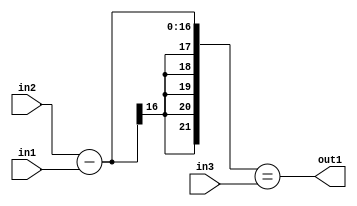
`timescale 1ps / 1ps
/*****************************************************************************
    Verilog RTL Description
    
    
    Created by: Stratus DpOpt 2019.1.01 
*******************************************************************************/

module pw_weight_addr_gen_EqSubu8u16u16_1 (
	in3,
	in2,
	in1,
	out1
	); /* architecture "behavioural" */ 
input [15:0] in3,
	in2;
input [7:0] in1;
output  out1;
wire  asc001;
wire [16:0] asc003;

assign asc003 = 
	+(in2)
	-(in1);

assign asc001 = ({{5{asc003[16]}}, asc003}==in3);

assign out1 = asc001;
endmodule

/* CADENCE  ubfySwk= : u9/ySgnWtBlWxVPRXgAZ4Og= ** DO NOT EDIT THIS LINE ******/